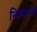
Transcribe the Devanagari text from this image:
नित्यानां